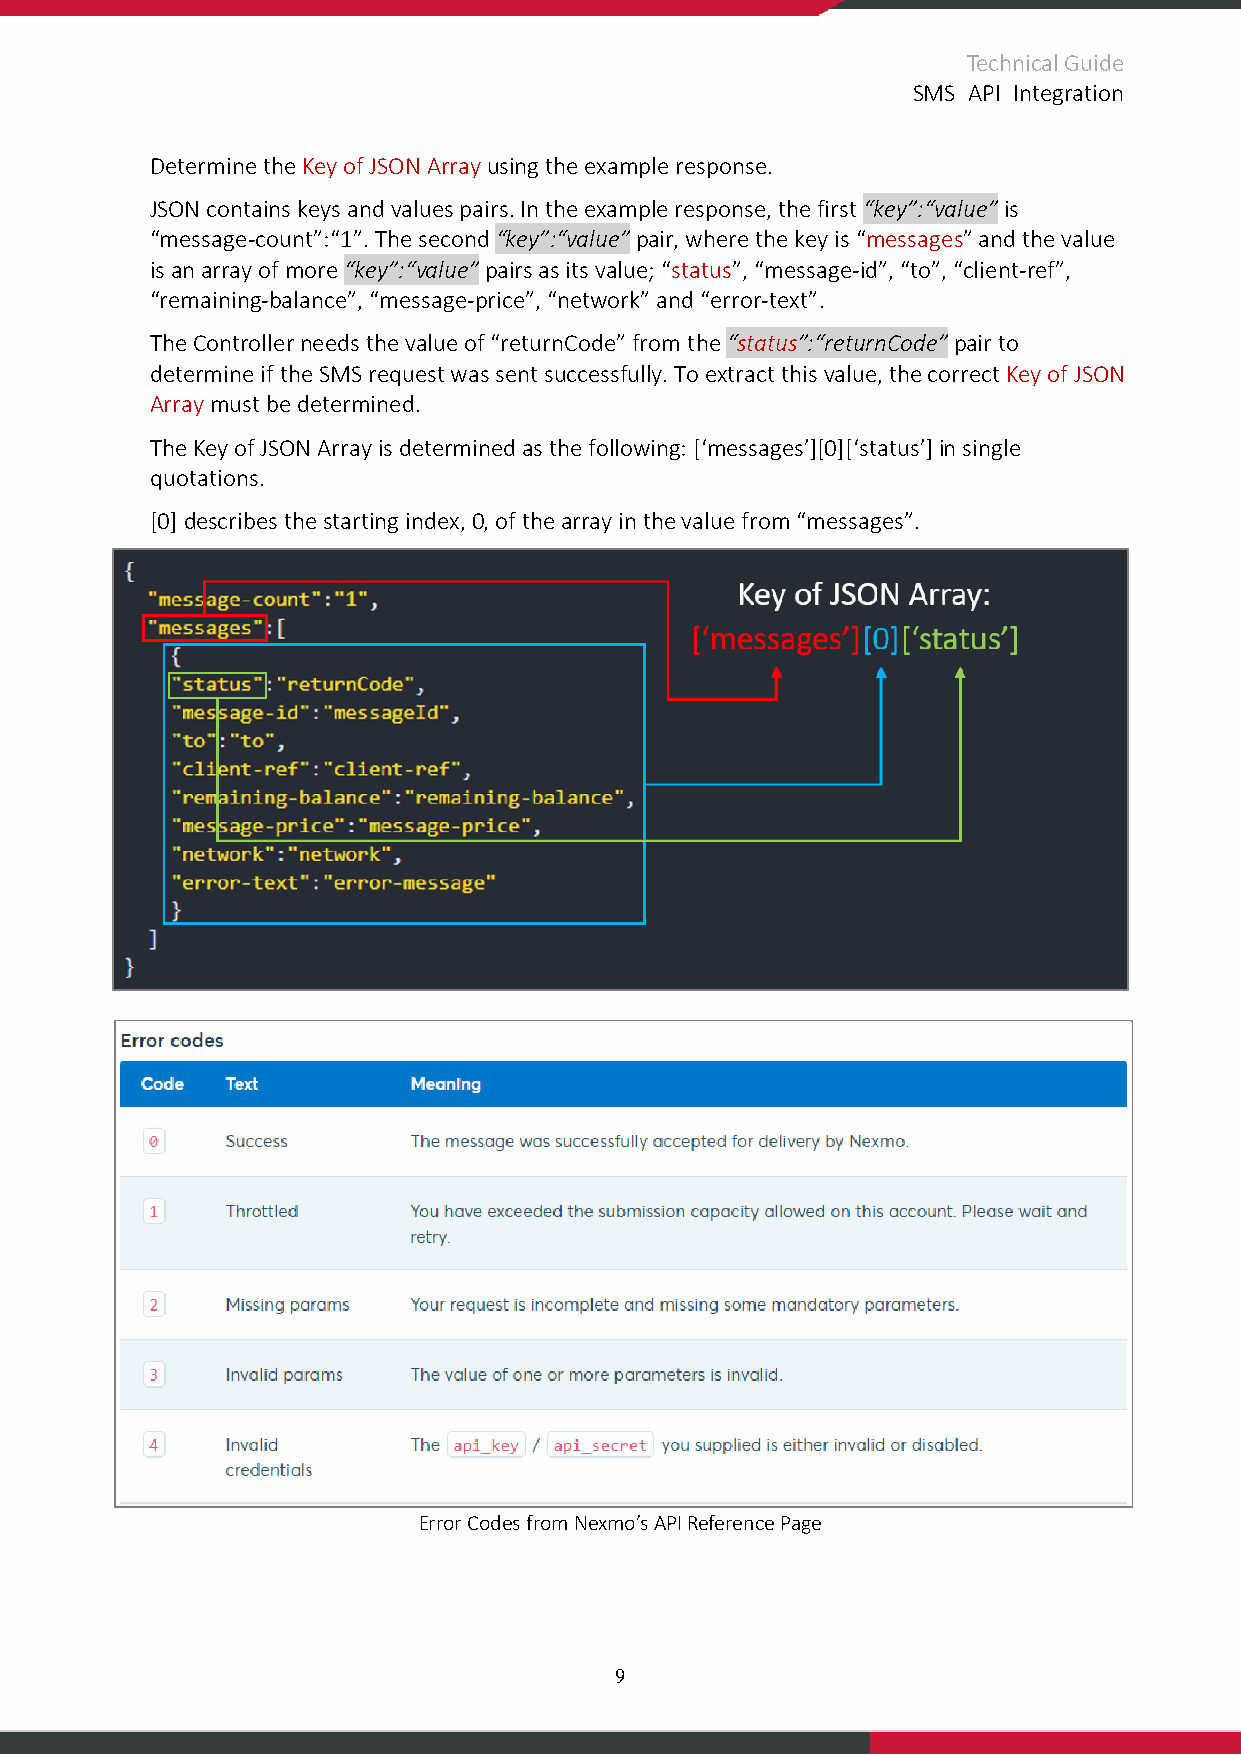
Technical Guide
 SMS API Integration
 Determine the Key of JSON Array using the example response.
 JSON contains keys and values pairs. In the example response, the first “key”:“value” is
 “message-count”:“1”. The second “key”:“value” pair, where the key is “messages” and the value
 is an array of more “key”:“value” pairs as its value; “status”, “message-id”, “to”, “client-ref”,
 “remaining-balance”, “message-price”, “network” and “error-text”.
 The Controller needs the value of “returnCode” from the “status”:“returnCode” pair to
 determine if the SMS request was sent successfully. To extract this value, the correct Key of JSON
 Array must be determined.
 The Key of JSON Array is determined as the following: [‘messages’][0][‘status’] in single
 quotations.
 [0] describes the starting index, 0, of the array in the value from “messages”.
 Error Codes from Nexmo’s API Reference Page
 9